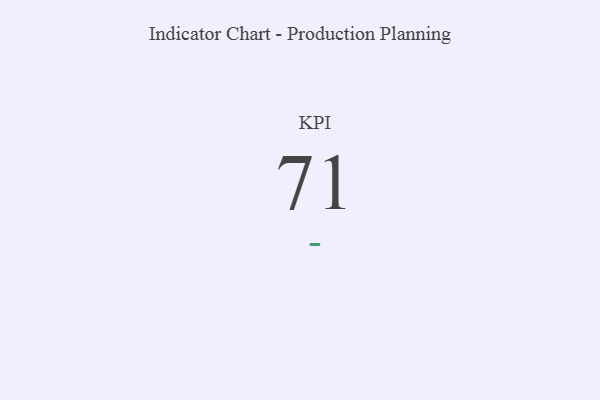
{"axis": {"x": "KPI", "y": "Value"}, "legend": [""], "data": [{"x": "KPI", "y": 71, "type": ""}]}